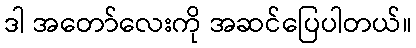
ဒါ အတော်လေးကို အဆင်ပြေပါတယ်။